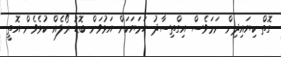
ގޮތް ކިޔައިދިން ނަމަވެސް އިގްތިސާދު ހަމަޔަކަށް އަޅުވަން ބޮޑު ރޯލެއް ކުޅެވެން އޮތީ